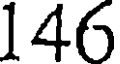
146